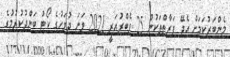
މެންބަރުކަމަށް އެދޭ ފަރާތްތަކުން 25 ފެބްރުއަރީ 2021 ވަނަ ދުވަހުގެ ކޯޓު ބަންދުކުރުމުގެ